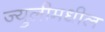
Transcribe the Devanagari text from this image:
ज्युलीमधील